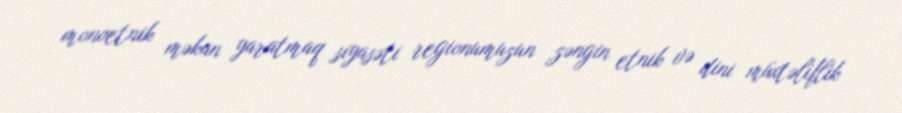
monoetnik məkan yaratmaq siyasəti regionumuzun zəngin etnik və dini müxtəliflik